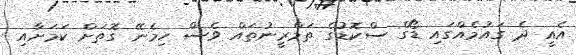
އެއީ ދެ ގައުމެއްގައި ޑޯގް ސްކޮޑުގެ ތަމްރީނުތައް ވެސް ހިމެނޭ ގޮތަށް ކަމަށާއި